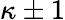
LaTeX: \kappa\pm 1